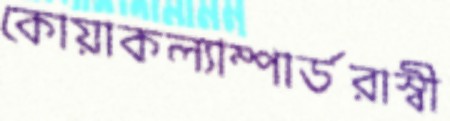
কোয়াকল্যাম্পার্ডরাস্বী